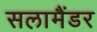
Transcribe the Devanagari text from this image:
सलामैंडर